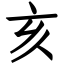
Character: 亥